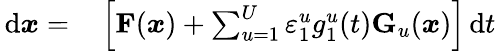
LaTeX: \begin{array}{rl}{\, \mathrm{d}\boldsymbol{x}=}&{{}\left[\mathbf{F}(\boldsymbol{x})+\sum_{u=1}^{U}\varepsilon_{1}^{u}g_{1}^{u}(t)\mathbf{G}_{u}(\boldsymbol{x})\right]\, \mathrm{d}t}\end{array}